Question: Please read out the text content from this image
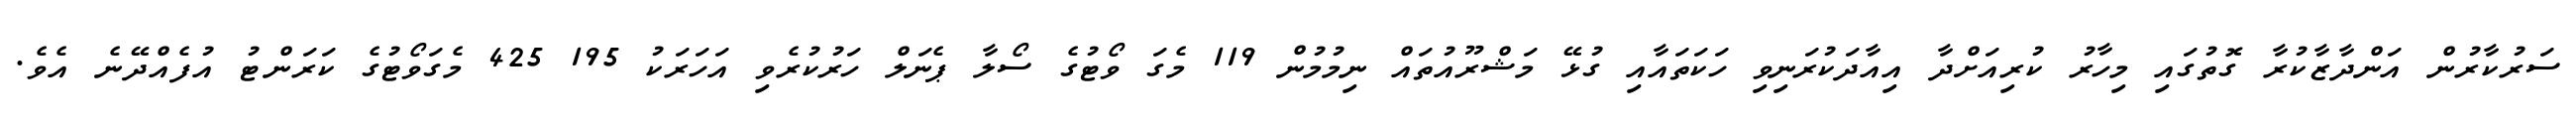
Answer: ސަރުކާރުން އަންދާޒާކުރާ ގޮތުގައި މިހާރު ކުރިއަށްދާ އިއާދަކުރަނިވި ހަކަތައާއި ގުޅޭ މަޝްރޫއުތައް ނިމުމުން 119 މެގަ ވޯޓުގެ ސޯލާ ޕެނަލް ހަރުކުރެވި އަހަރަކު 195 425 މެގަވޯޓުގެ ކަރަންޓު އުފެއްދޭނެ އެވެ.